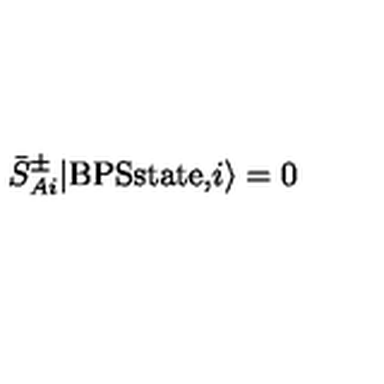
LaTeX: { \bar { S } } _ { A i } ^ { \pm } \vert \mathrm { B P S s t a t e , } i \rangle = 0